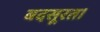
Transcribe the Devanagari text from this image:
बदसूरत।